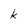
Character: k